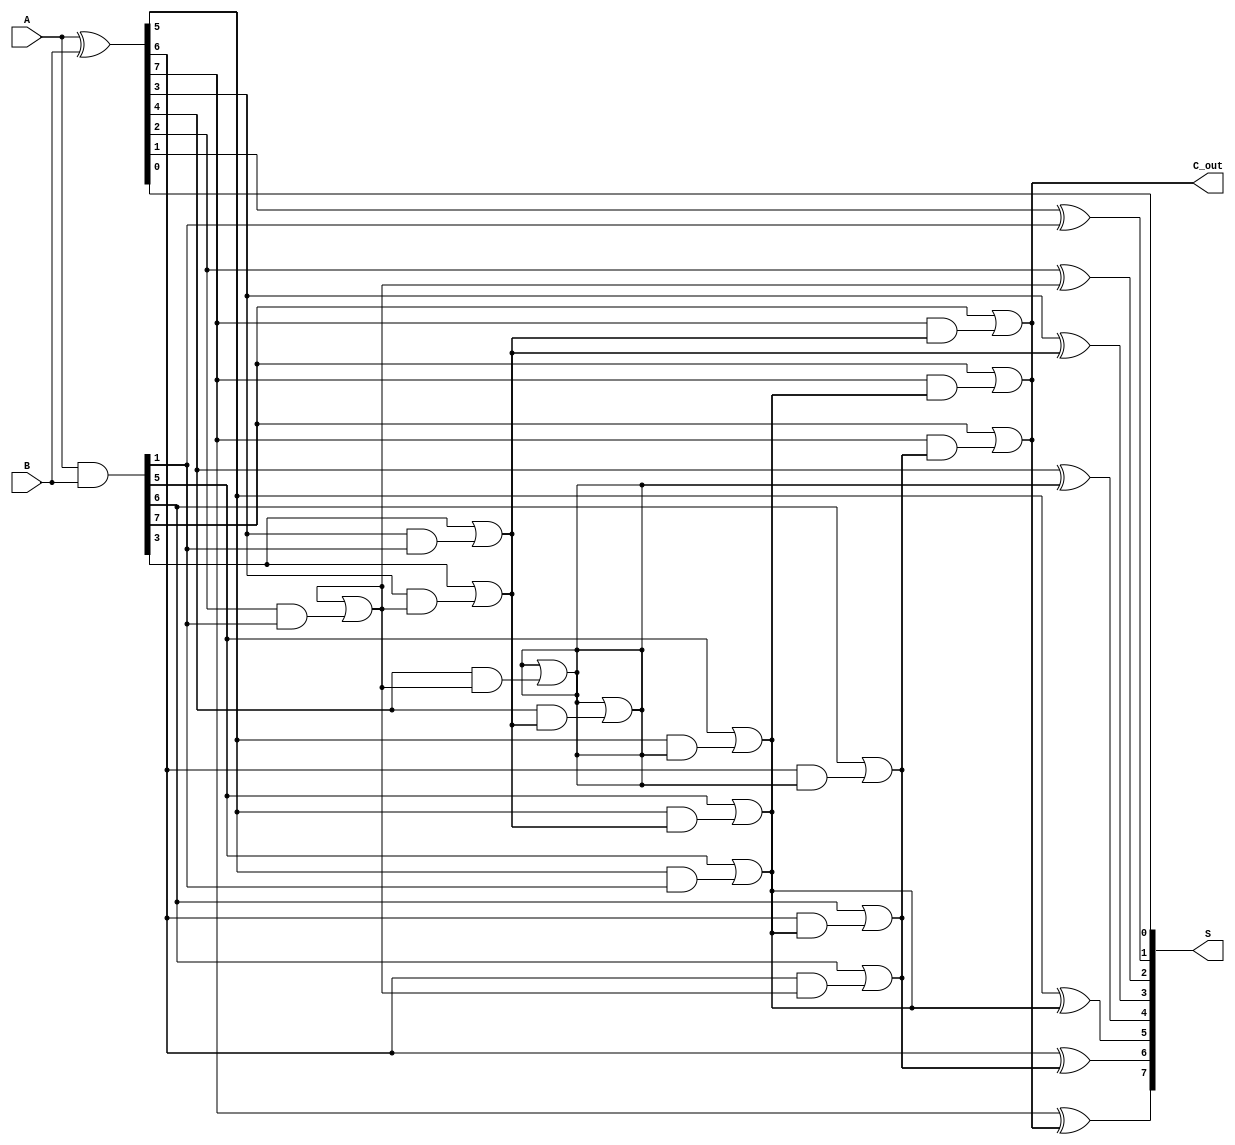
module KoggeStoneAdder #(parameter N = 8) (
    input  [N-1:0] A,  // First operand
    input  [N-1:0] B,  // Second operand
    output [N-1:0] S,  // Sum output
    output        C_out // Carry out
);
    // Generate and Propagate signals
    wire [N-1:0] G; // Generate signals
    wire [N-1:0] P; // Propagate signals
    wire [N-1:0] C; // Carry signals

    // Generate and Propagate computation
    assign G = A & B;         // Generate
    assign P = A ^ B;         // Propagate

    // Stage 0: Initial carry signals
    assign C[0] = 1'b0; // Initial carry in is 0

    // Compute carry signals using Kogge-Stone structure
    genvar i, j;
    generate
        for (i = 0; i < $clog2(N); i = i + 1) begin : prefix_stage
            for (j = 0; j < N; j = j + 1) begin : carry_calc
                if (j >= (1 << i)) begin
                    assign C[j] = G[j] | (P[j] & C[j - (1 << i)]);
                end
            end
        end
    endgenerate

    // Final carry out
    assign C_out = C[N-1];

    // Sum calculation
    generate
        for (j = 0; j < N; j = j + 1) begin : sum_calc
            assign S[j] = P[j] ^ C[j]; // Sum is propagate XOR carry
        end
    endgenerate

endmodule